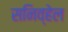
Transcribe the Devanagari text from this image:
सनिव्हेल